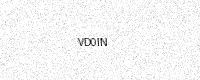
Text: VD0IN